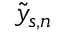
\tilde { y } _ { s , n }